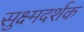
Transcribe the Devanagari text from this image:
सुक्ष्मदर्शक